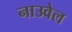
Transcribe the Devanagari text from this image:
नाउवेल